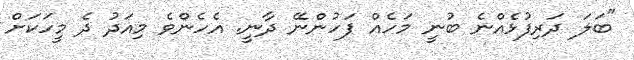
"ބަލަ ދަރިފުޅެއްނެ ބުނީ މަހެއް ފަހުންނޭ ދާނީ. އެހެންވެ މިއަދު ދެ މީހަކަށް